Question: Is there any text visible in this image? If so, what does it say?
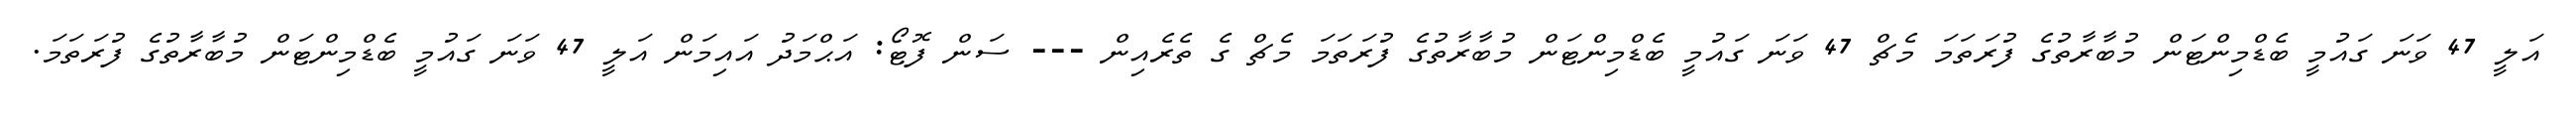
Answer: އަލީ 47 ވަނަ ގައުމީ ބެޑްމިންޓަން މުބާރާތުގެ ފުރަތަމަ މެޗް 47 ވަނަ ގައުމީ ބެޑްމިންޓަން މުބާރާތުގެ ފުރަތަމަ މެޗް ގެ ތެރެއިން --- ސަން ފޮޓޯ: އަޙްމަދު އައިމަން އަލީ 47 ވަނަ ގައުމީ ބެޑްމިންޓަން މުބާރާތުގެ ފުރަތަމަ.